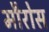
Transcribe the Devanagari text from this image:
मौरोस